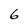
Character: 6